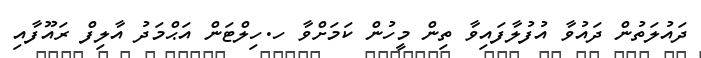
ދައުލަތުން ދައުވާ އުފުލާފައިވާ ތިން މީހުން ކަމަށްވާ ހ.ހިލްޓަން އަޙްމަދު އާލިފް ރައޫފާއި